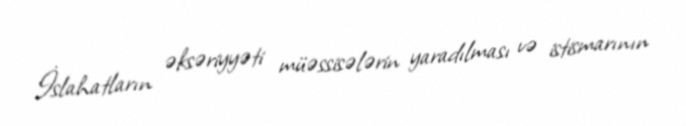
İslahatların əksəriyyəti müəssisələrin yaradılması və istismarının